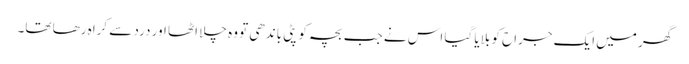
گھر میں ایک جراح کو بلایا گیا اس نے جب بچہ کو پٹی باندھی تو وہ چلا اٹھا اور درد سے کراہ رھا تھا۔